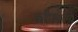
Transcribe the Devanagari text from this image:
कॉप्थॉर्न